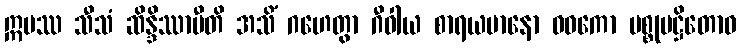
ဣမဿ သီသံ ဆိန္ဒိဿာမီတိ အသိံ ဂဟေတွာ ဂီဝါယ စာရယမာနော ဝဓကော ပစ္စုပဋ္ဌိတောဝ